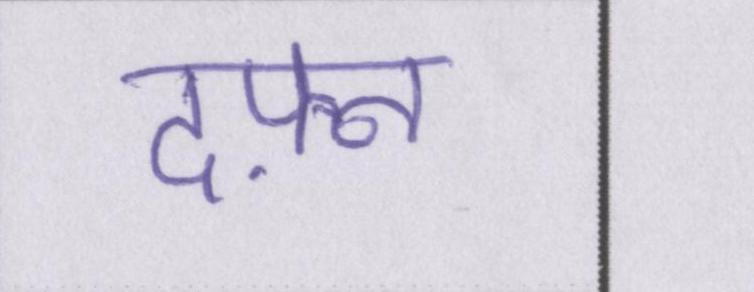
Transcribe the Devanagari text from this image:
दफ़्न